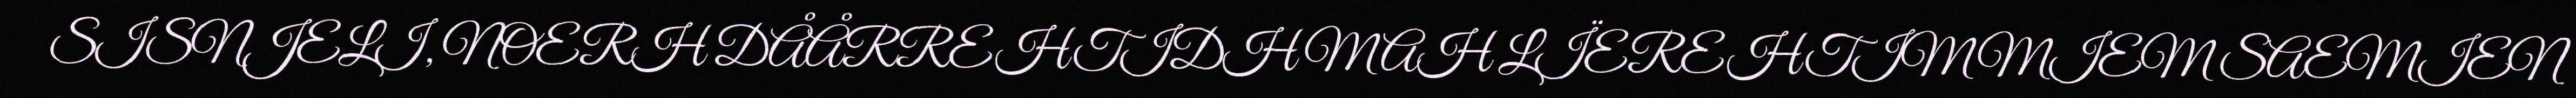
SISNJELI, NOERH DÅÅRREHTIDH MAH LÏEREHTIMMIEM SAEMIEN